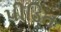
પીડિત